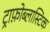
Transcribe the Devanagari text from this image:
ट्राफ़ोब्लास्टिक